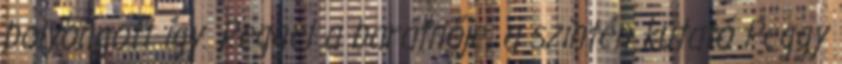
bolyongott így. Reggel a barátnője, a szintén kutató Peggy